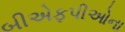
બીએફપીઓના